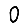
Digit: 0